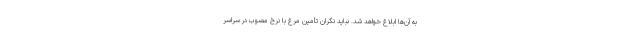
به آن‌ها ابلاغ خواهد شد. نباید نگران تأمین مرغ با نرخ مصوب در سراسر